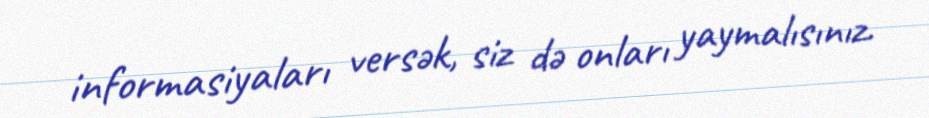
informasiyaları versək, siz də onları yaymalısınız.